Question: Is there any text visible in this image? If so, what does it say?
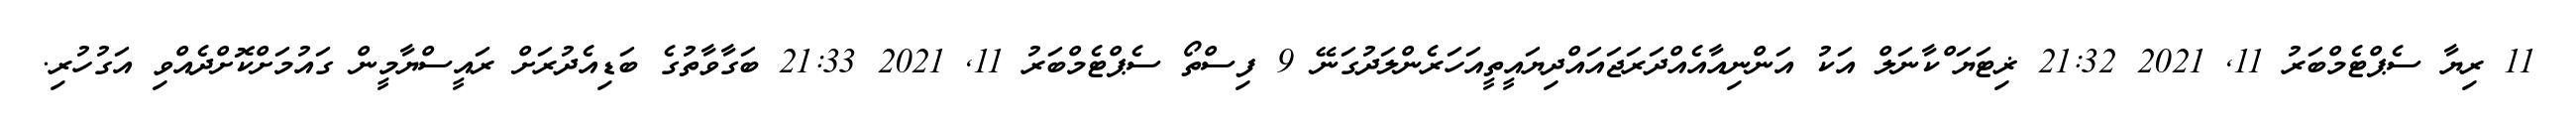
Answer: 11 ރިޔާ ސެޕްޓެމްބަރު 11, 2021 21:32 ޜިޓަޔަޱްކާނަލް އަކު އަންނިއާއެއްދަރަޖައައްދިޔައީތީއަހަރެންލަދުގަނޭ 9 ފިސްތޯ ސެޕްޓެމްބަރު 11, 2021 21:33 ބަގާވާތުގެ ބަޑިއެދުރަށް ރައީސްޔާމީން ގައުމަށްކޮށްދެއްވި އަގުހުރި.